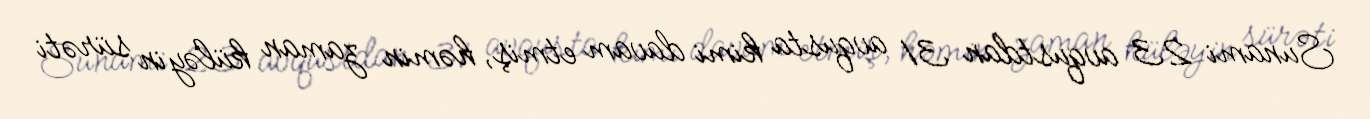
Sunami 23 avqustdan 31 avqusta kimi davam etmiş, həmin zaman küləyin sürəti